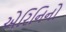
એરિનિનો